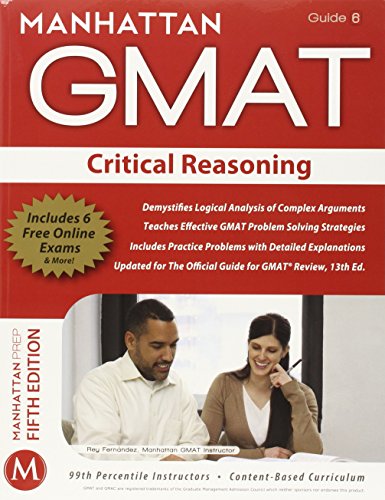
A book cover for Manhattan GMAT Verbal Strategy Guide Set, 5th Edition (Manhattan GMAT Strategy Guides); Manhattan GMAT; Education & Teaching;